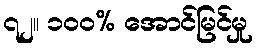
၇၂။ ၁၀၀% အောင်မြင်မှု